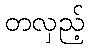
တလှည့်